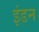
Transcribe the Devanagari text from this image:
इंडन